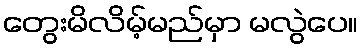
တွေးမိလိမ့်မည်မှာ မလွဲပေ။